Civil Veterinary Dept. Bombay admin report 1900-1906 - 1900-1906
Year: 1900
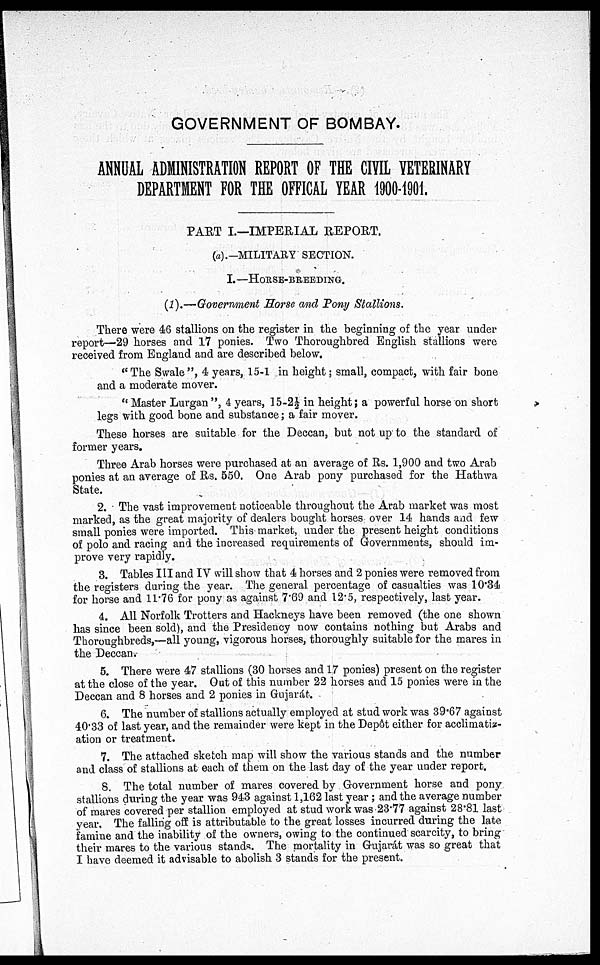
GOVERNMENT OF BOMBAY.
ANNUAL ADMINISTRATION REPORT OF THE CIVIL VETERINARY
DEPARTMENT FOR THE OFFICAL YEAR 1900-1901.
PART I.—IMPERIAL REPORT.
(a).—MILITARY SECTION.
I. —HORSE-BREEDING.
(1).—Government Horse and Pony Stallions.
There were 46 stallions on the register in the beginning of the year under
report—29 horses and 17 ponies. Two Thoroughbred English stallions were
received from England and are described below.
"The Swale", 4 years, 15-1 in height; small, compact, with fair bone
and a moderate mover.
" Master Lurgan ", 4 years, 15-2½ in height; a powerful horse on short
legs with good bone and substance; a fair mover.
These horses are suitable for the Deccan, but not up to the standard of
former years.
Three Arab horses were purchased at an average of Rs. 1,900 and two Arab
ponies at an average of Rs. 550. One Arab pony purchased for the Hathwa
State.
2. The vast improvement noticeable throughout the Arab market was most
marked, as the great majority of dealers bought horses over 14 hands and few
small ponies were imported. This market, under the present height conditions
of polo and racing and the increased requirements of Governments, should im-
prove very rapidly.
3. Tables III and IV will show that 4 horses and 2 ponies were removed from
the registers during the year. The general percentage of casualties was 10.34
for horse and 11.76 for pony as against 7.69 and 12.5, respectively, last year.
4. All Norfolk Trotters and Hackneys have been removed (the one shown
has since been sold), and the Presidency now contains nothing but Arabs and
Thoroughbreds,—all young, vigorous horses, thoroughly suitable for the mares in
the Deccan.
5. There were 47 stallions (30 horses and 17 ponies) present on the register
at the close of the year. Out of this number 22 horses and 15 ponies were in the
Deccan and 8 horses and 2 ponies in Gujarát.
6. The number of stallions actually employed at stud work was 39.67 against
40.33 of last year, and the remainder were kept in the Depôt either for acclimatiz-
ation or treatment.
7. The attached sketch map will show the various stands and the number
and class of stallions at each of them on the last day of the year under report.
8. The total number of mares covered by Government horse and pony
stallions during the year was 943 against 1,162 last year ; and the average number
of mares covered per stallion employed at stud work was 23.77 against 28.81 last
year. The falling off is attributable to the great losses incurred during the late
famine and the inability of the owners, owing to the continued scarcity, to bring
their mares to the various stands. The mortality in Gujarát was so great that
I have deemed it advisable to abolish 3 stands for the present.